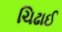
ચિઢાઈ